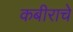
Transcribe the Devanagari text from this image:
कबीराचे